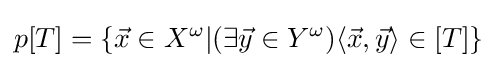
p[T]=\{{\vec {x}}\in X^{\omega }|(\exists {\vec {y}}\in Y^{\omega })\langle {\vec {x}},{\vec {y}}\rangle \in [T]\}